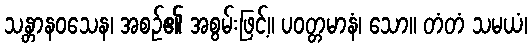
သန္တာနဝသေန၊ အစဉ်၏ အစွမ်းဖြင့်။ ပဝတ္တမာနံ၊ သော။ တံတံ သမယံ၊